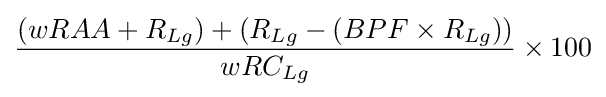
{\frac {(wRAA+R_{Lg})+(R_{Lg}-(BPF\times R_{Lg}))}{wRC_{Lg}}}\times 100